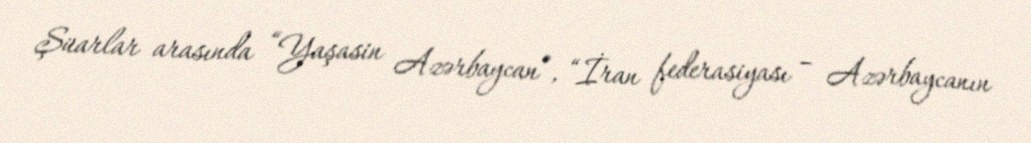
Şüarlar arasında “Yaşasin Azərbaycan”, “İran federasiyası – Azərbaycanın